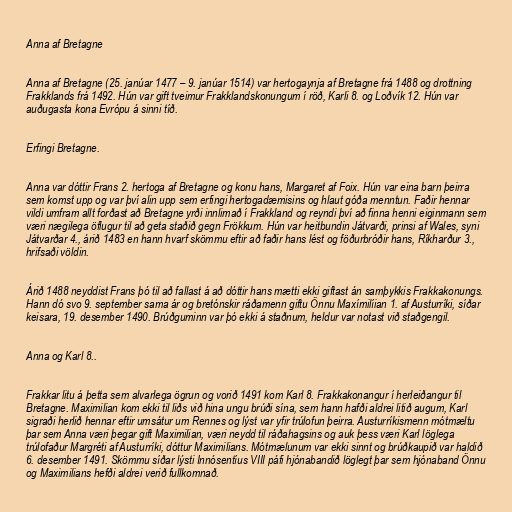
Anna af Bretagne

Anna af Bretagne (25. janúar 1477 – 9. janúar 1514) var hertogaynja af Bretagne frá 1488 og drottning
Frakklands frá 1492. Hún var gift tveimur Frakklandskonungum í röð, Karli 8. og Loðvík 12. Hún var
auðugasta kona Evrópu á sinni tíð.

Erfingi Bretagne.

Anna var dóttir Frans 2. hertoga af Bretagne og konu hans, Margaret af Foix. Hún var eina barn þeirra
sem komst upp og var því alin upp sem erfingi hertogadæmisins og hlaut góða menntun. Faðir hennar
vildi umfram allt forðast að Bretagne yrði innlimað í Frakkland og reyndi því að finna henni eiginmann sem
væri nægilega öflugur til að geta staðið gegn Frökkum. Hún var heitbundin Játvarði, prinsi af Wales, syni
Játvarðar 4., árið 1483 en hann hvarf skömmu eftir að faðir hans lést og föðurbróðir hans, Ríkharður 3.,
hrifsaði völdin.

Árið 1488 neyddist Frans þó til að fallast á að dóttir hans mætti ekki giftast án samþykkis Frakkakonungs.
Hann dó svo 9. september sama ár og bretónskir ráðamenn giftu Önnu Maxímilíian 1. af Austurríki, síðar
keisara, 19. desember 1490. Brúðguminn var þó ekki á staðnum, heldur var notast við staðgengil.

Anna og Karl 8..

Frakkar litu á þetta sem alvarlega ögrun og vorið 1491 kom Karl 8. Frakkakonangur í herleiðangur til
Bretagne. Maximilian kom ekki til liðs við hina ungu brúði sína, sem hann hafði aldrei litið augum, Karl
sigraði herlið hennar eftir umsátur um Rennes og lýst var yfir trúlofun þeirra. Austurríkismenn mótmæltu
þar sem Anna væri þegar gift Maximilian, væri neydd til ráðahagsins og auk þess væri Karl löglega
trúlofaður Margréti af Austurríki, dóttur Maximilians. Mótmælunum var ekki sinnt og brúðkaupið var haldið
6. desember 1491. Skömmu síðar lýsti Innósentíus VIII páfi hjónabandið löglegt þar sem hjónaband Önnu
og Maximilians hefði aldrei verið fullkomnað.